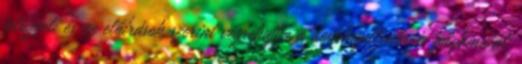
felügyeli és az előírások szerint végrehajtja a doppingellenőrzés folyamatát.